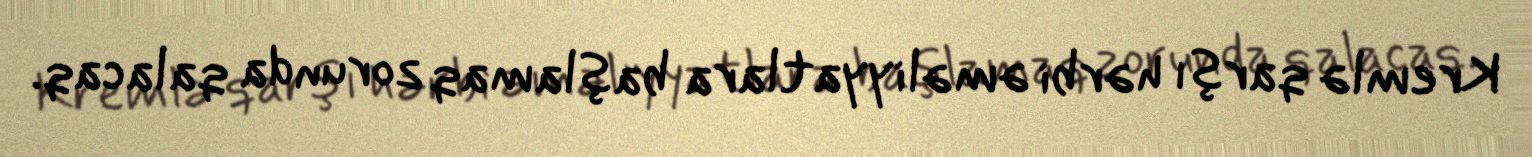
Kremlə qarşı hərbi əməliyyatlara başlamaq zorunda qalacaq.